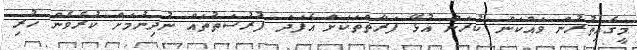
މީގެއިތުރުން ވައްކަން ކުރަން އުޅޭ ފަރާތްތަކަށް އެފަދަ ފުރުސަތުތައް ނުދިނުމަށް ކުރެވެން ހުރި